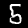
Label: 5